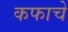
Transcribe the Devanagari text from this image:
कफाचे